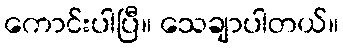
ကောင်းပါပြီ။ သေချာပါတယ်။